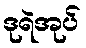
ဒုရဲအုပ်